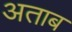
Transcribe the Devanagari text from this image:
अताब